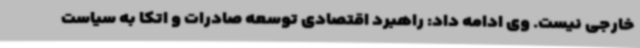
خارجی نیست. وی ادامه داد: راهبرد اقتصادی توسعه صادرات و اتکا به سیاست